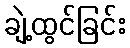
ချဲ့ထွင်ခြင်း